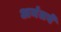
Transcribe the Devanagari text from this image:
अनंतवें